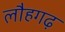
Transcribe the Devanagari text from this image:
लौहगढ़